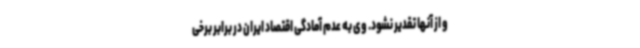
و از آنها تقدیر نشود. وی به عدم آمادگی اقتصاد ایران در برابر برخی